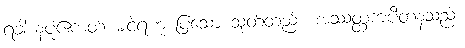
ရံခါ နပုံဧကတ် မငဲ့ရဟု ပြသော သုတ်တည်း၊ အဿတ္ထကပီတနံသည်